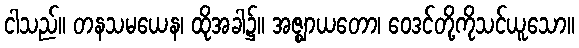
ငါသည်။ တနသမယေန၊ ထိုအခါ၌။ အဇ္ဈာယတော၊ ဝေဒင်တို့ကိုသင်ယူသော။